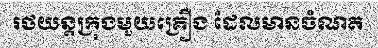
រថយន្តក្រុងមួយគ្រឿង ដែលមានចំណត